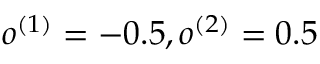
o ^ { ( 1 ) } = - 0 . 5 , o ^ { ( 2 ) } = 0 . 5